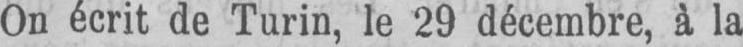
On écrit de Turin, le 29 décembre, à la